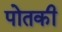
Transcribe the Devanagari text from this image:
पोतकी